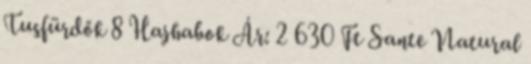
Tusfürdők 8 Hajhabok Ár: 2 630 Ft Sante Natural